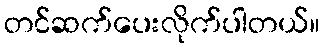
တင်ဆက်ပေးလိုက်ပါတယ်။